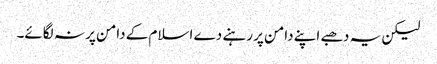
لیکن یہ دھبے اپنے دامن پر رہنے دے اسلام کے دامن پر نہ لگائے۔